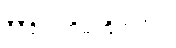
ဒီဒီဇိုင်းကိုမကြိုက်ဘူး။